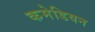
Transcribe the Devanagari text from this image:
कमेडियन